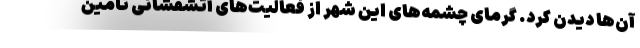
آن‌ها دیدن کرد. گرمای چشمه‌های این شهر از فعالیت‌های آتشفشانی تأمین